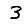
Digit: 3